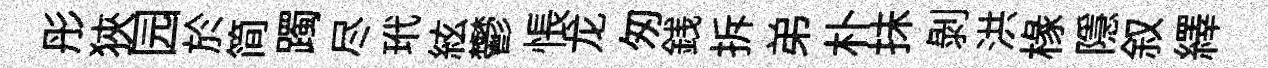
彤狹园於简躅尽玳絃鬱悵龙匆銭拆弟朴抺剝洪椽隱叙繹